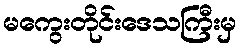
မကွေးတိုင်းဒေသကြီးမှ